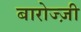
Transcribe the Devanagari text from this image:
बारोज्ज़ी